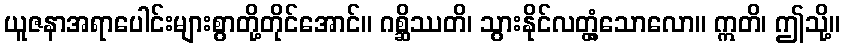
ယူဇနာအရာပေါင်းများစွာတို့တိုင်အောင်။ ဂစ္ဆိဿတိ၊ သွားနိုင်လတ္တံ့သောလော။ ဣတိ၊ ဤသို့။